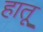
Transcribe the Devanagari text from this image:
हातू